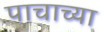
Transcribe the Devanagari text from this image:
पाचाच्या